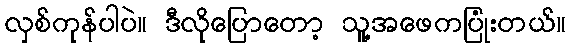
လှစ်ကုန်ပါပဲ။ ဒီလိုပြောတော့ သူ့အဖေကပြုံးတယ်။